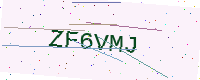
Text: ZF6VMJ